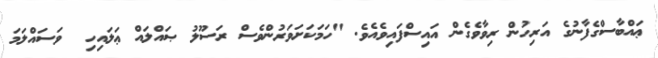
ޢައްބާސްގެފާނުގެ އަރިހުން ރިވާވެގެން އައިސްފައިވެއެވެ. "ހަމަކަށަވަރުންވެސް ރަސޫލު ޞައްލައް ޢަލައިހި  ވަސައްލަމަ